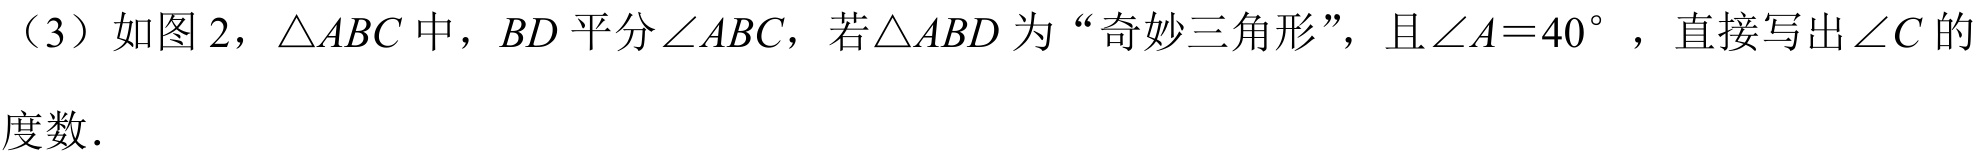
（3）如图 2，\(\triangle ABC\)中，\(BD\)平分\(\angle ABC\)，若\(\triangle ABD\)为“奇妙三角形”，且\(\angle A = 40^{\circ}\)，直接写出\(\angle C\)的
度数．